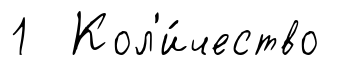
1 Кол'и́чество